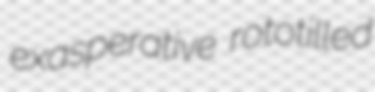
exasperative rototilled